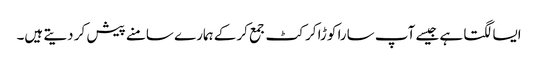
ایسا لگتا ہے جیسے آپ سارا کوڑا کرکٹ جمع کرکے ہمارے سامنے پیش کر دیتے ہیں۔